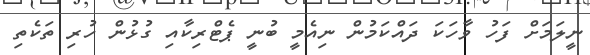
ނީލަމަށް ފަހު ވާހަކަ ދައްކަމުން ނިއެމީ ބުނީ ޕެޓްރިކާއި ގުޅުން ހުރި ތަކެތި